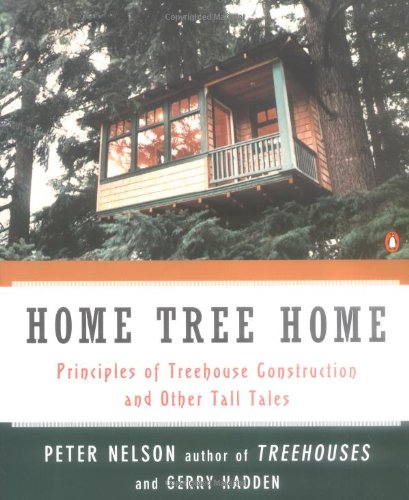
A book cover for Home Tree Home: Principles of Treehouse Construction and Other Tall Tales; Peter N. Nelson; Crafts, Hobbies & Home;